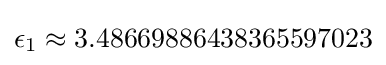
\epsilon _{1}\approx 3.48669886438365597023